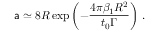
{ \sf a } \simeq 8 R \exp \left( - \frac { 4 \pi \beta _ { 1 } R ^ { 2 } } { t _ { 0 } \Gamma } \right) \, .